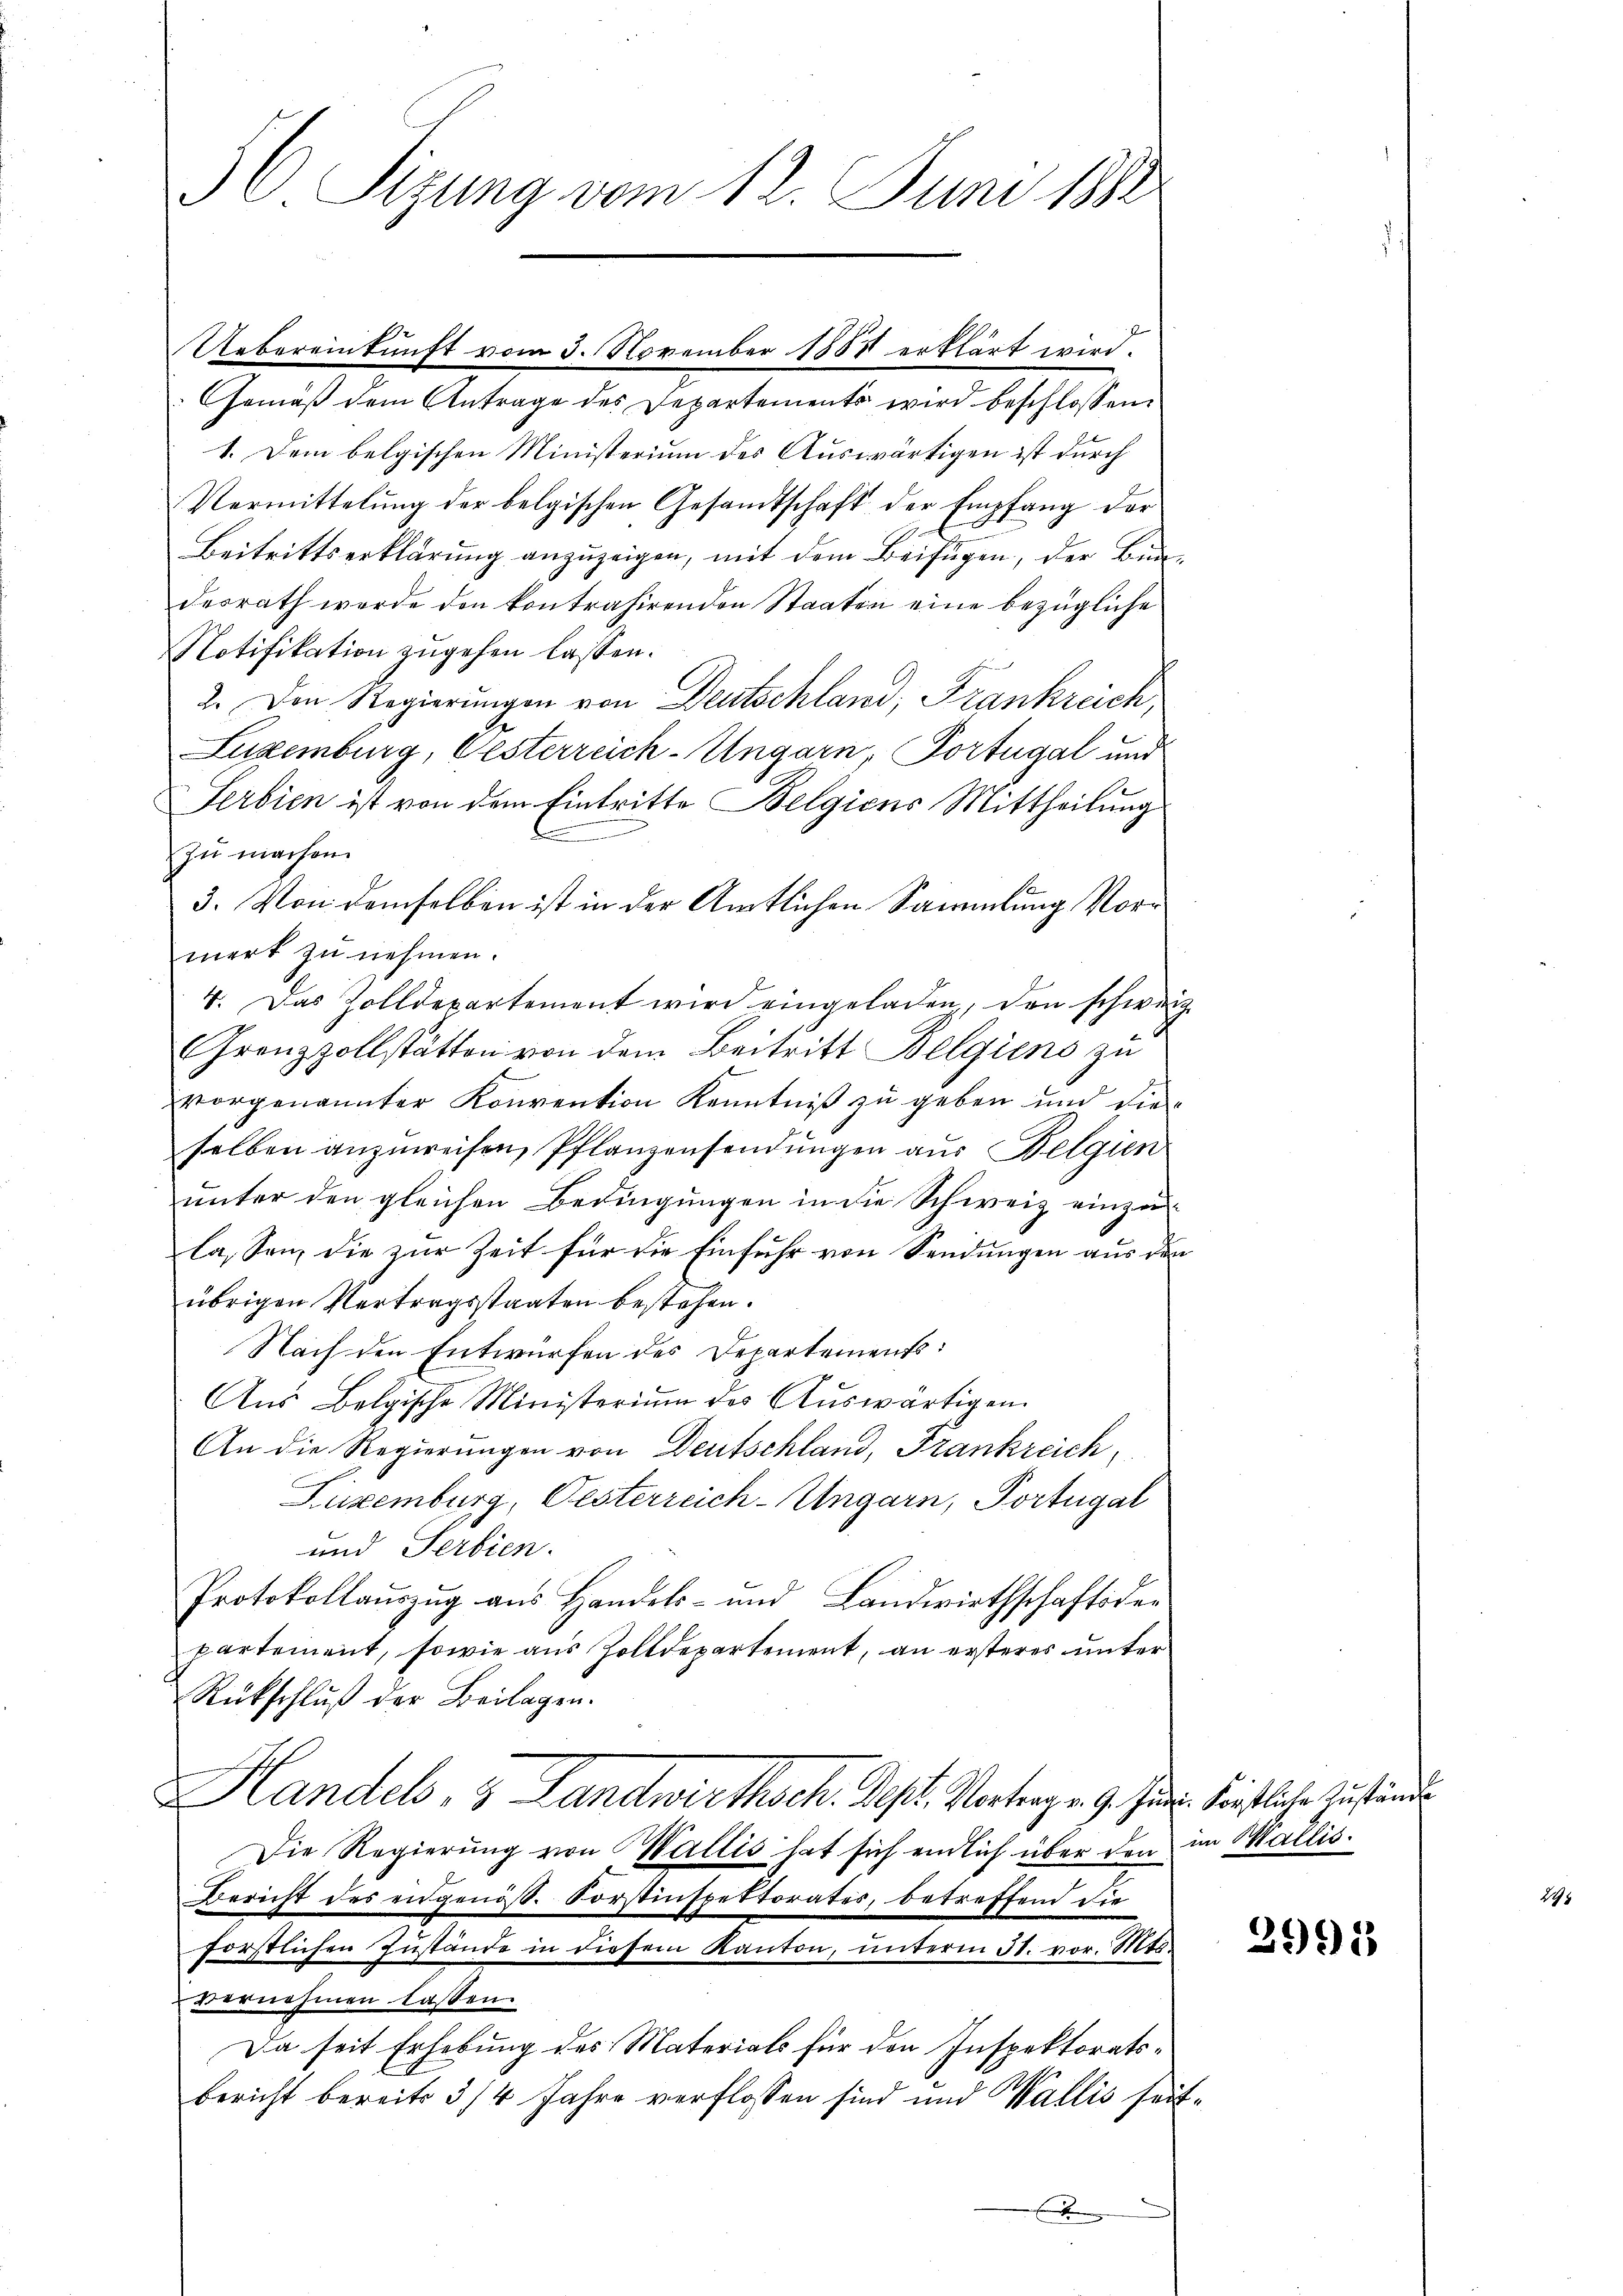
56. Sizung vom 12. Juni 1882

Uebereinkunft vom 3. November 1851 erklärt wird.
Gemäß dem Antrage des Departements wird beschlossen:
1. Dem belgischen Ministerium des Auswärtigen ist durch
Vermittelung der belgischen Gesandtschaft der Empfang der
Beitrittserklärung anzuzeigen, mit dem Beifügen, der Bundesrath werde den kontrahirenden Staaten eine bezügliche
Notifikation zugehen lassen.
2. Den Regierungen von Deutschland, Frankreich,
Luxenburg, Gesterreich-Ungarn, Portugal und
Serbien ist von dem Eintritte Belgions Mittheilung
zu machen.
3. Von demselben ist in der Amtlichen Sammlung Vorwerk zŭ nehmen.
4. Das Zolldepartement wird eingeladen, den schweiz.
Grenzzollstätten von dem Beitritt Belgiens zu
vorgenannter Konvention Kenntniß zu geben und die
selben anzuweisen, Pflanzensendungen aus Belgien
unter den gleichen Bedingungen in die Schweiz einzu
la, sei, die zur Zeit für die Einfuhr von Sendungen aus den
übrigen Vertragsstaaten bestehen.
Nach den Entwürfen des Departements:
Ans Belgische Ministerium des Aŭswärtigen
An die Regierungen von Deutschland, Frankreich,
Luxenburg, Oesterreich-Ungarn, Portugal
und Serbien.
Protokollauszug aus Handels- und Landwirthschaftsdepartement, sowie aus Zolldepartement, an ersteres unter
Rückschluß der Beilagen.
Handels- & Landwirthsch. Sept. Vortragen 9. Jun. Seitliche Zustande
Die Regierung von Wallis hat sich endlich über den im Wallis.
Bericht des eidgenös. Forstinspektorates, betreffend die
förstlichen Zŭstände in diesem Kanton, ŭnterm 31. vor. Mts.
vernehmen lassen.
Da seit Erhebung des Materials für den Inspektoratse
bericht bereits 3/4 Jahre verflossen sind und Wallis seitb

3995